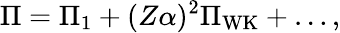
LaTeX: \Pi=\Pi_{1}+(Z\alpha)^{2}\Pi_{\mathrm{WK}}+\ldots,